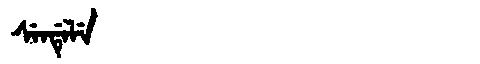
Manchu: ᠰᡝᠨᡩᡝᠯᡝ
Romanization: SENDELE